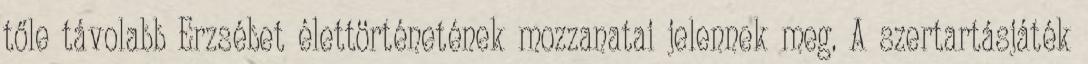
tőle távolabb Erzsébet élettörténetének mozzanatai jelennek meg. A szertartásjáték